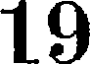
19